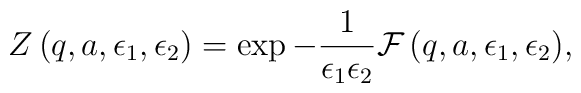
Z\left(q, a, \epsilon_1, \epsilon_2\right)=\exp{-\frac{1}{\epsilon_1 \epsilon_2}{\cal F}\left(q, a,\epsilon_1, \epsilon_2 \right)},